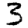
Digit: 3